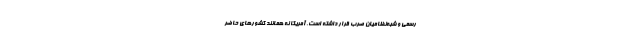
رسمی و شبه‌نظامیان صرب قرار داشته است. آمریکا نه همانند کشورهای حاضر